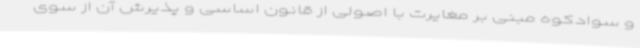
و سوادکوه مبنی بر مغایرت با اصولی از قانون اساسی و پذیرش آن از سوی